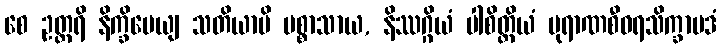
စေ ဥတ္တရိ နိက္ခိပေယျ သတိယာပိ ပစ္စာသာယ, နိဿဂ္ဂိယံ ပါစိတ္တိယံ ပုရာဏစီဝရသိက္ခာပဒံ